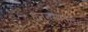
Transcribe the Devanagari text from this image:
धन्नम्माल।